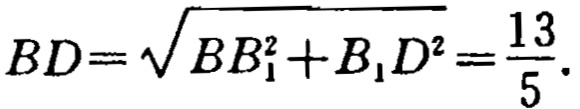
\(BD=\sqrt{BB_{1}^{2}+B_{1}D^{2}}=\frac{13}{5}.\)